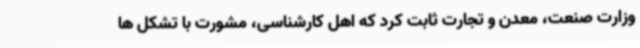
وزارت صنعت، معدن و تجارت ثابت کرد که اهل کارشناسی، مشورت با تشکل ها